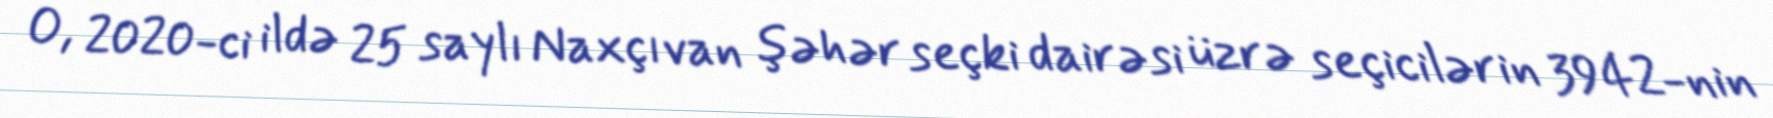
O, 2020-ci ildə 25 saylı Naxçıvan şəhər seçki dairəsi üzrə seçicilərin 3942-nin